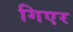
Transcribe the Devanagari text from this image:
गिएर